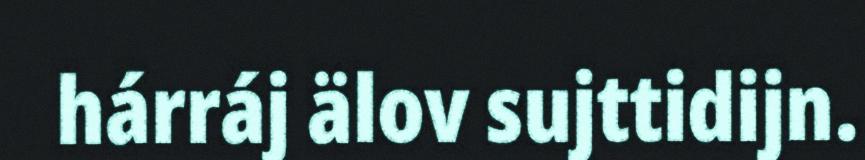
hárráj älov sujttidijn.